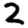
Digit: 2